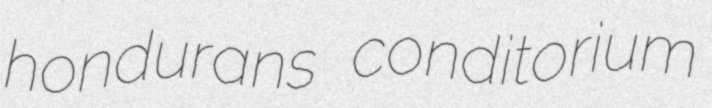
hondurans conditorium